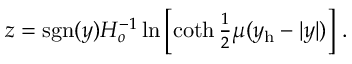
z = \mathrm { s g n } ( y ) H _ { o } ^ { - 1 } \ln \left[ \coth { \textstyle { \frac { 1 } { 2 } } } \mu ( y _ { \mathrm { h } } - | y | ) \right] \, .